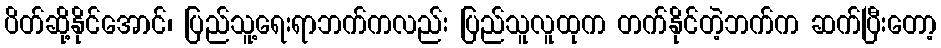
ပိတ်ဆို့နိုင်အောင်၊ ပြည်သူ့ရေးရာဘက်ကလည်း ပြည်သူလူထုက တက်နိုင်တဲ့ဘက်က ဆက်ပြီးတော့